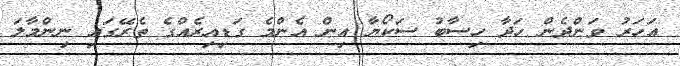
އަހަރު ވަންދެން ހަދާ ހިސާބު ސަކޯޔާ އިން އެންމެ ގަޑިއިރެއްގެ ތެރޭގައި ނިންމާލަ